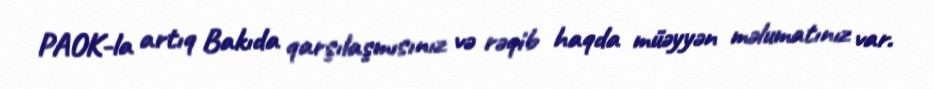
PAOK-la artıq Bakıda qarşılaşmısınız və rəqib haqda müəyyən məlumatınız var.